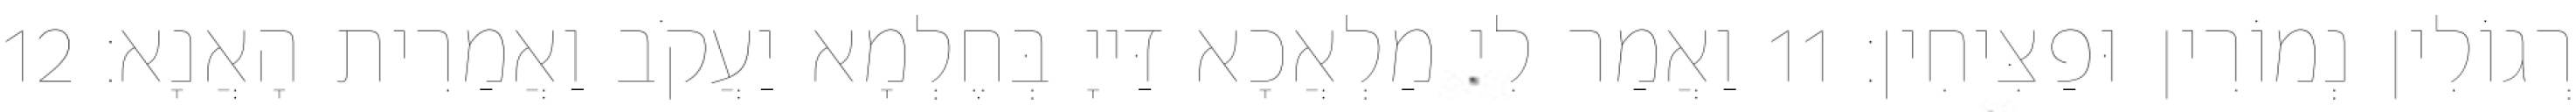
רְגוֹלִין נְמוֹרִין וּפַצִּיחִין׃ 11 וַאֲמַר לִי מַלְאֲכָא דַּייָ בְּחֶלְמָא יַעֲקֹב וַאֲמַרִית הָאֲנָא׃ 12